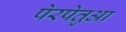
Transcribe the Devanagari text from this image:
पेरपेतुआ